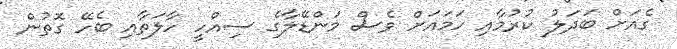
ގެއަށް ބަދަލު ކުރުމާއި ހަމައަށް ވެސް މަންޑޭލާގެ ސިއްހީ ހާލަތާއި ބެހޭ ގޮތުން